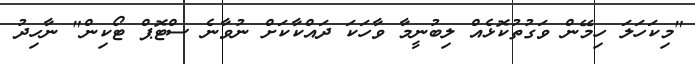
"މިކަހަލަ ހިމޭން ވަގުތުކޮޅެއް ލިބުނީމާ ވާހަކަ ދައްކާކަށް ނުވާނެ ސްޓޮޕް ޓޯކިން" ނާހިދު